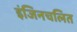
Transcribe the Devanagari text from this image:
इंजिनचलित